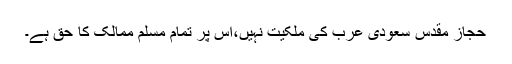
حجاز مقدس سعودی عرب کی ملکیت نہیں،اس پر تمام مسلم ممالک کا حق ہے۔